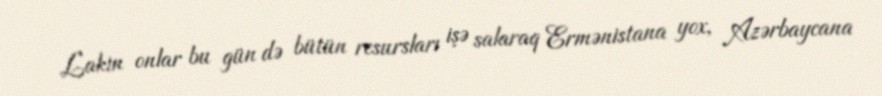
Lakin onlar bu gün də bütün resursları işə salaraq Ermənistana yox, Azərbaycana